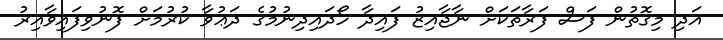
އަދި މިގޮތުން ފަސް ފަރާތަކަށް ނާޖާއިޒު ފައިދާ ހޯދައިދިނުމުގެ ދަޢުވާ ކުރުމަށް ފޮނުވިފައިވާއިރު